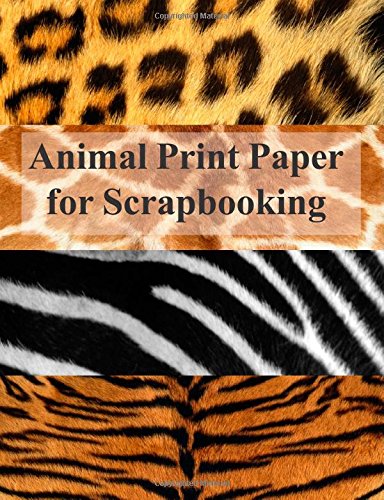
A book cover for Animal Print Paper for Scrapbooking; Vera Vivo; Crafts, Hobbies & Home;